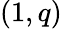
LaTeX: (1,q)